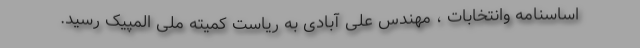
اساسنامه وانتخابات ، مهندس علی آبادی به ریاست کمیته ملی المپیک رسید.